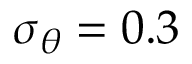
\sigma _ { \theta } = 0 . 3